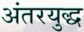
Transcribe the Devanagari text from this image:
अंतरयुद्ध